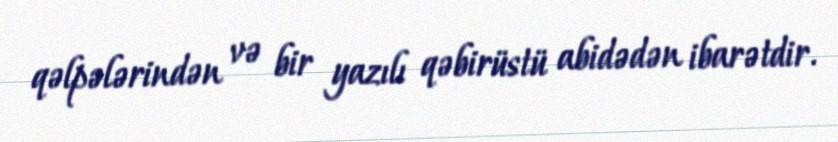
qəlpələrindən və bir yazılı qəbirüstü abidədən ibarətdir.